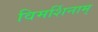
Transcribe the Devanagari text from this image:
विमर्शिनाम्